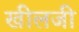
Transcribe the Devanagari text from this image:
खीलजी